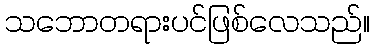
သဘောတရားပင်ဖြစ်လေသည်။